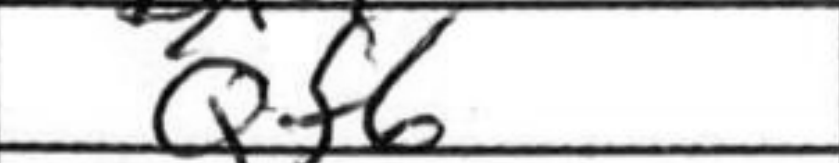
Transcription: Qf6